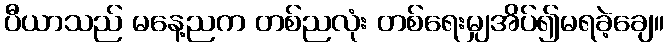
ပီယာသည် မနေ့ညက တစ်ညလုံး တစ်ရေးမျှအိပ်၍မရခဲ့ချေ။